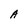
Character: A